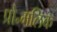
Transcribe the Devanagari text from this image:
प्रो॰मलिक